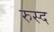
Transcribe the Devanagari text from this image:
रुस्द